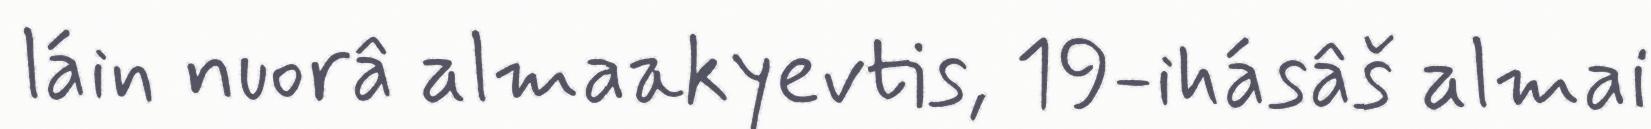
láin nuorâ almaakyevtis, 19-ihásâš almai